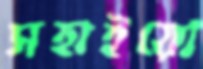
সহাইয়ো